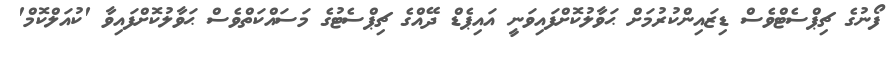
ފޯނުގެ ޗިޕްސެޓްވެސް ޑިޒައިންކުރުމަށް ޙަވާލުކޮށްފައިވަނީ އައިޕެޑް ދޭއްގެ ޗިޕްސެޓުގެ މަސައްކަތްވެސް ޙަވާލުކޮށްފައިވާ 'ކުއަލްކޮމް'